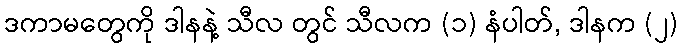
ဒကာမတွေကို ဒါနနဲ့ သီလ တွင် သီလက (၁) နံပါတ်, ဒါနက (၂)